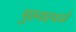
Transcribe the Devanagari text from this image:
मुख्यस्थळे